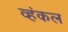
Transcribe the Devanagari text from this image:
व्हंकल